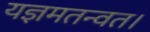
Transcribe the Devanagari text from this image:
यज्ञमतन्वत।